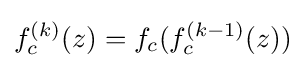
f_{c}^{(k)}(z)=f_{c}(f_{c}^{(k-1)}(z))